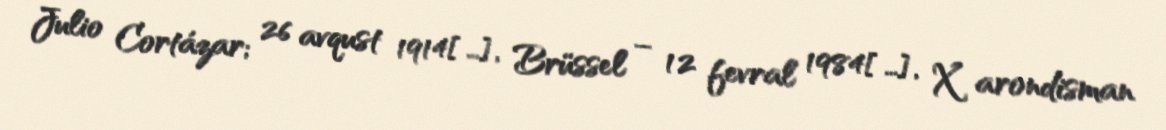
Julio Cortázar; 26 avqust 1914[…], Brüssel – 12 fevral 1984[…], X arondisman